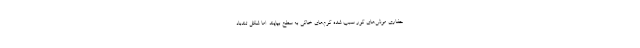
حفاری موش‌های کور سبب شده کرم‌های خاکی به سطح بیایند. اما شکل تندباد